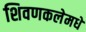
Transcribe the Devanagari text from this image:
शिवणकलेमधे